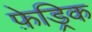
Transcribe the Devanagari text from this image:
फ़ेड्रिक